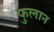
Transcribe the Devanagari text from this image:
फुलान